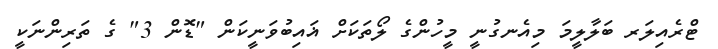
ޓްރެއިލަރ ބަލާލީމަ މިއެނގުނީ މީހުންގެ ލޯތަކަށް ޣައިބުވަނީކަން "ޑޮން 3" ގެ ތަރިންނަކީ